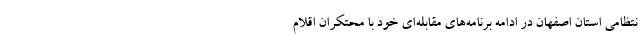
نتظامی استان اصفهان در ادامه برنامه‌های مقابله‌ای خود با محتکران اقلام